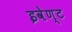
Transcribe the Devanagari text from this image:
इवेण्ट